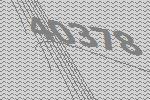
40378